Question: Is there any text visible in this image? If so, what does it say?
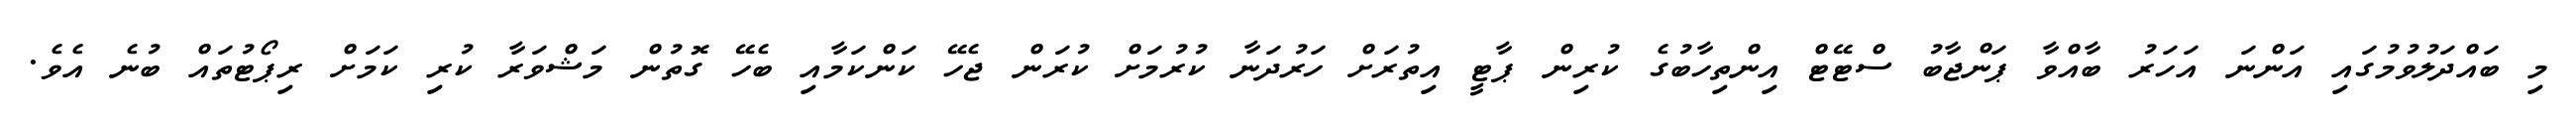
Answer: މި ބައްދަލުވުމުގައި އަންނަ އަހަރު ބާއްވާ ޕަންޖާބު ސްޓޭޓް އިންތިހާބުގެ ކުރިން ޕާޓީ އިތުރަށް ހަރުދަނާ ކުރުމަށް ކުރަން ޖެހޭ ކަންކަމާއި ބެހޭ ގޮތުން މަޝްވަރާ ކުރި ކަމަށް ރިޕޯޓުތައް ބުނެ އެވެ.